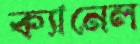
ক্যানেল